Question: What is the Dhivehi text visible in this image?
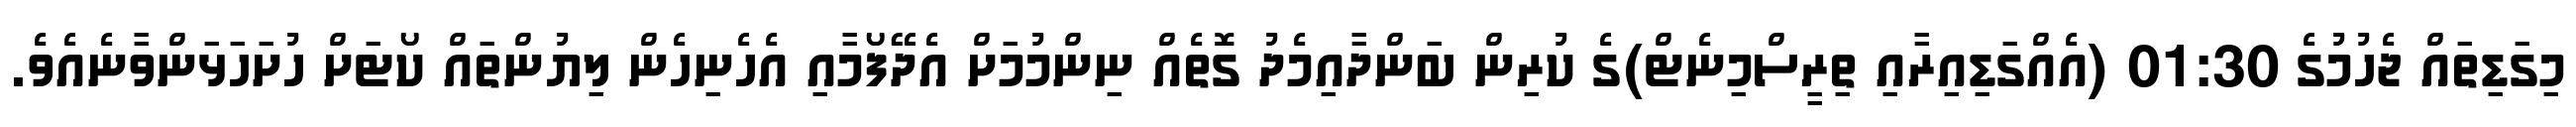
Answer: މިގަޑިތައް ޖެހުމުގެ 01:30 (އެއްގަޑިއިރާއި ތިރީސްމިނެޓް)ގެ ކުރިން ބަންދާއިމެދު ގޮތެއް ނިންމުމަށް އެދޭފޯމާއި އެހެނިހެން ލިޔުންތައް ކޯޓަށް ހުށަހަޅަންވާނެއެވެ.